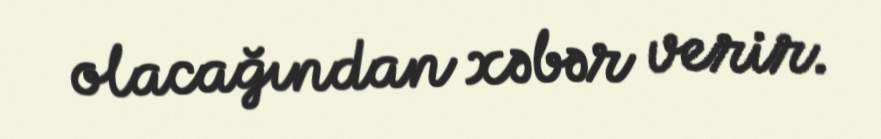
olacağından xəbər verir.